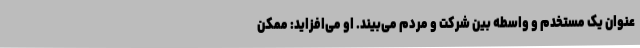
عنوان یک مستخدم و واسطه بین شرکت و مردم می‌بیند. او می‌افزاید: ممکن